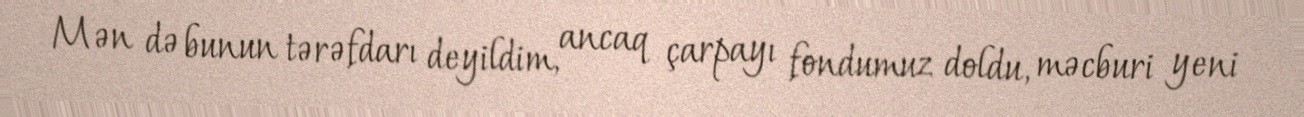
Mən də bunun tərəfdarı deyildim, ancaq çarpayı fondumuz doldu, məcburi yeni